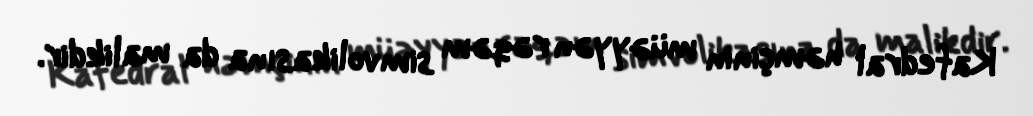
Kafedral həmçinin müəyyən rəqəm simvolikasına da malikdir.